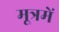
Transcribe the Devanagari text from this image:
मूत्रमें